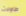
طاولات